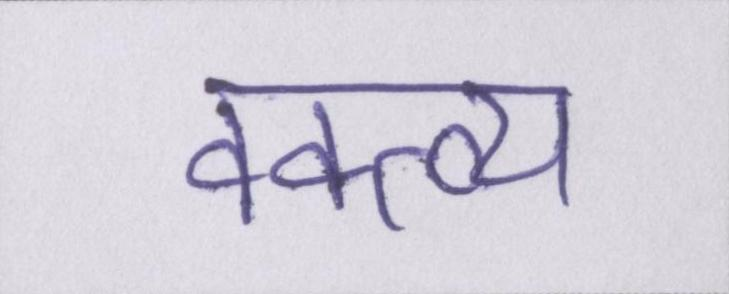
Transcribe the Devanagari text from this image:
वक्त्व्य